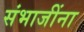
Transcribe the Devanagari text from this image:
संभाजींना